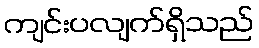
ကျင်းပလျက်ရှိသည်